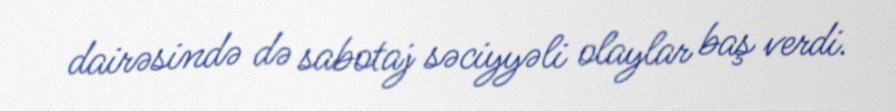
dairəsində də sabotaj səciyyəli olaylar baş verdi.